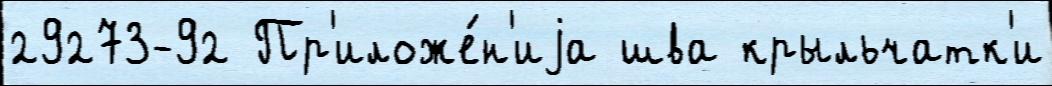
29273-92 Пр'иложе́н'иjа шва крыльчатк'и